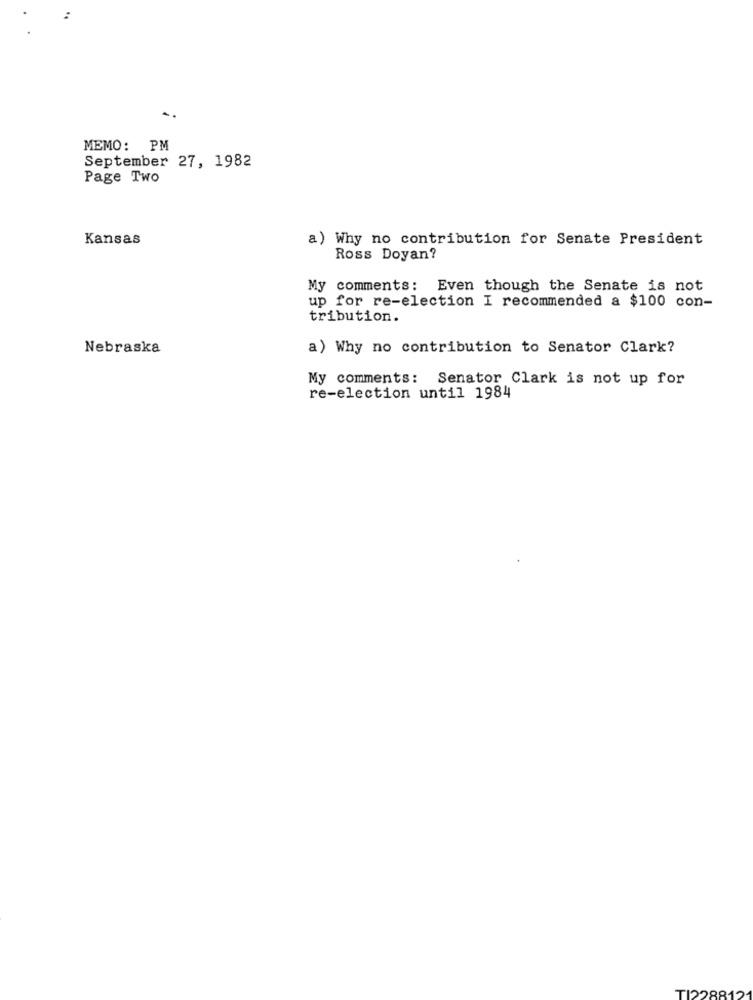
-
MEMO: PM
September 27, 1982
Page Two
Kansas
a) Why no contribution for Senate President
Ross Doyan?
My comments: Even though the Senate is not
up for re-election I recommended a $100 con-
tribution.
Nebraska
a) Why no contribution to Senator Clark?
My comments: Senator Clark is not up for
re-election until 1984
TI228812